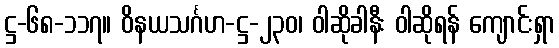
ဋ္ဌ-၆၈-၁၁၇။ ဝိနယသင်္ဂဟ-ဋ္ဌ-၂၃၀၊ ဝါဆိုခါနီး ဝါဆိုရန် ကျောင်းရှာ